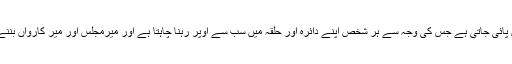
حاکمیت کی خوبو سب میں پائی جاتی ہے جس کی وجہ سے ہر شخص اپنے دائرہ اور حلقہ میں سب سے اوپر رہنا چاہتا ہے اور میرمجلس اور میر کارواں بننے کی دھن میں لگا رہتا ہے۔